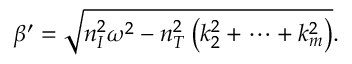
\beta ^ { \prime } = \sqrt { n _ { I } ^ { 2 } \omega ^ { 2 } - n _ { T } ^ { 2 } \left( k _ { 2 } ^ { 2 } + \cdots + k _ { m } ^ { 2 } \right) } .